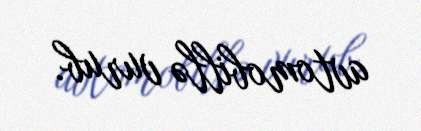
avtomobillə vurub.